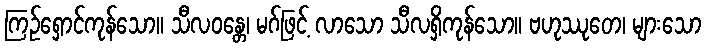
ကြဉ်ရှောင်ကုန်သော။ သီလဝန္တေ၊ မဂ်ဖြင့် လာသော သီလရှိကုန်သော။ ဗဟုဿုတေ၊ များသော